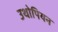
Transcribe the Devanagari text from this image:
उथोपियन